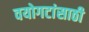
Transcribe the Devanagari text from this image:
वयोगटांसाठी